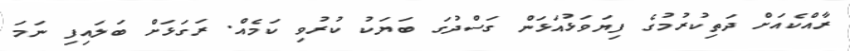
ރާއްކެއަށް ދަތިކުރުމުގެ ފިޔަވަޅުއަޅަން ގަސްދުގަ ބަަޔަކު ކުރުވި ކަމެއް. ރަގަޅަށް ބަލައިފި ނަަމަ